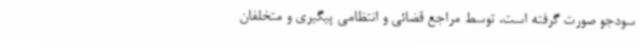
سودجو صورت گرفته است، توسط مراجع قضائی و انتظامی پیگیری و متخلفان